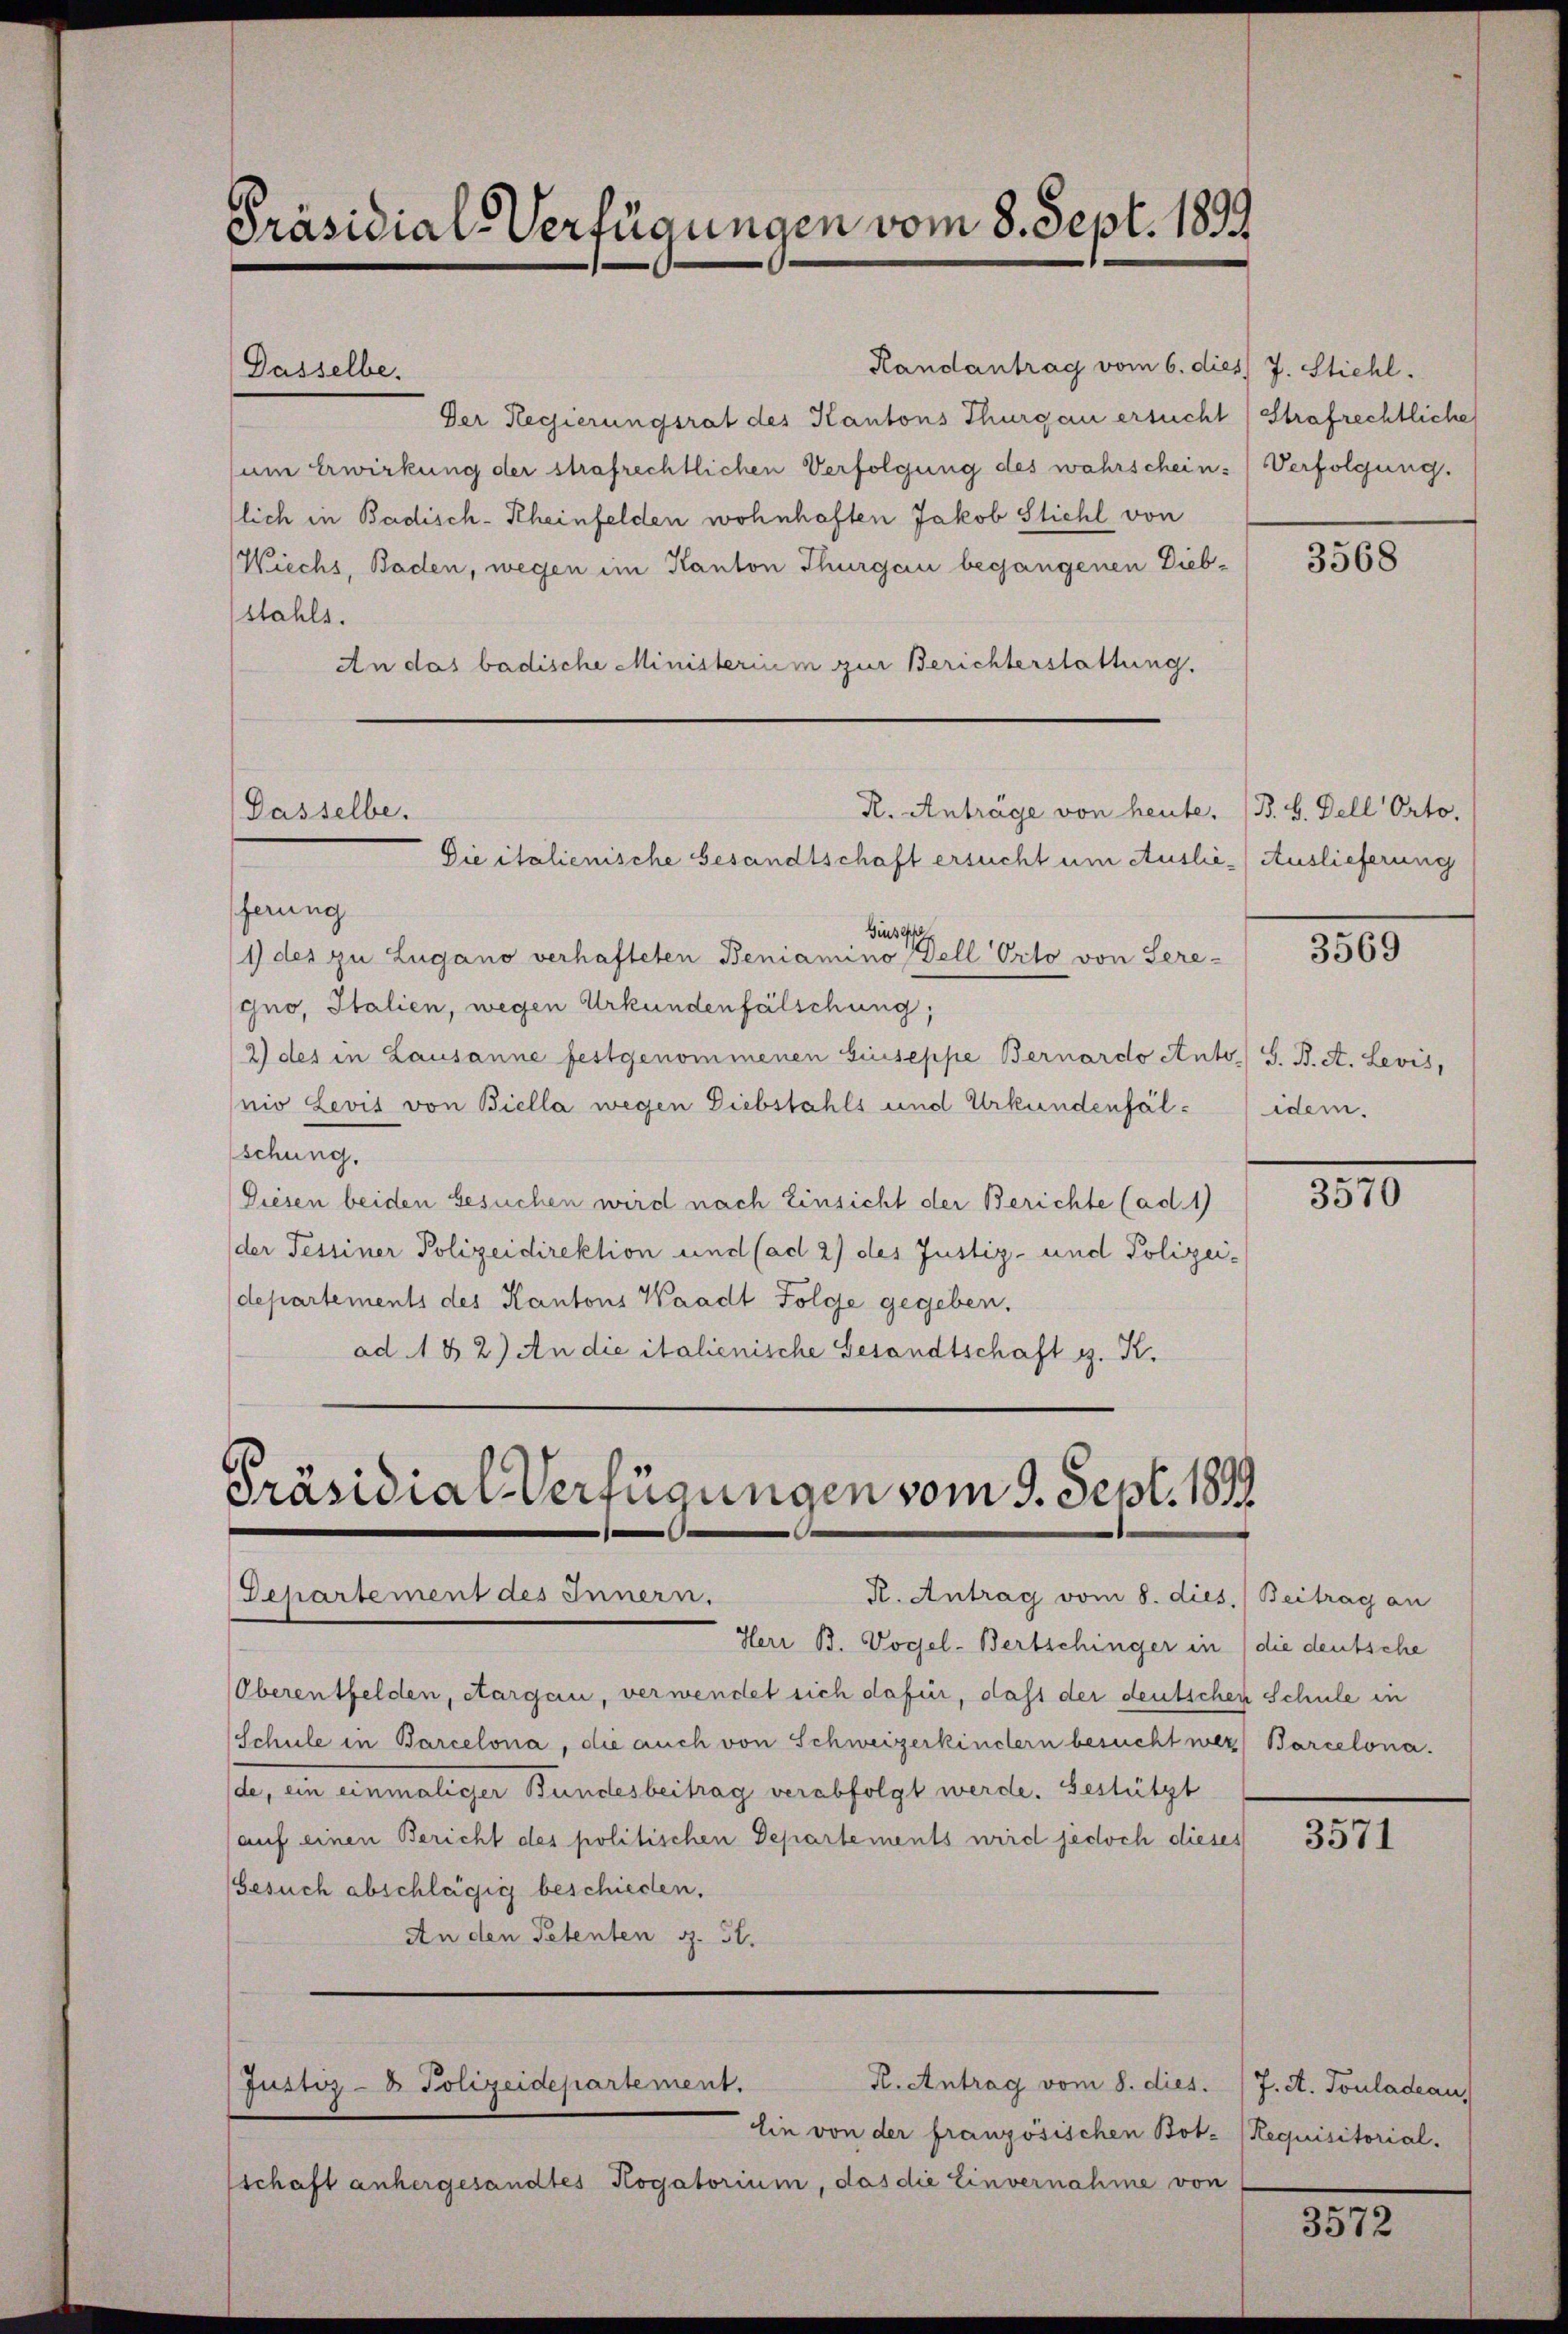
Präsidial-Verfügungen vom 8. Sept. 1899

Dasselbe.

Randantrag vom 6. dies J. Stichl.
Der Regierungsrat des Kantons Thurgau ersucht (Strafrechtliche
um Erwirkung der strafrechtlichen Verfolgung des wahrschein Verfolgung.
lich in Badisch-Rheinfelden wohnhaften Jakob Stichl von
Wiechs, Baden, wegen im Kanton Thurgau begangenen Diebstahls.
An das badische Ministerium zur Berichterstattung.
ferung
Giusep
1) des zu Lugano verhafteten Beniamino Tell Orto von Sere¬
Gno, Italien, wegen Urkundenfälschung;
2) des in Lausanne festgenommenen Giuseppe Bernardo Anto) S. B. A. Levis,
nio Levis von Biella wegen Diebstahls und Urkundenfälschung.
Diesen beiden Gesuchen wird nach Einsicht der Berichte (ad 1)
der Tessiner Polizeidirektion und (ad 2) des Justiz- und Polizeidepartements des Kantons Waadt Folge gegeben.
ad 182) An die italienische Gesandtschaft z. R.

R. Anträge von heute.
Dasselbe.
Die italienische Gesandtschaft ersucht um Auslie - Auslieferung

Präsidial-Verfügungen vom 9. Sept. 1899
Departement des Innern.
R. Antrag vom 8. dies. Beitrag an

Justiz- & Polizeidepartement.

lin von der französischen Bot. (Requisitorial-
schaft anhergesandtes Rogatorium, das die Einvernahme von

R. Antrag vom 8. dies. 17. A. Touladeau

B. H. Dell Orto.

Herr B. Vogel-Bertschinger in die deutsche
Oberentfelden, etargau, verwendet sich dafür, dass der deutschen Schule in
Schule in Barcelona, die auch von Schweizerkindern besucht wer, Barcelona.
de, ein einmaliger Bundesbeitrag verabfolgt werde. Gestützt
(auf einen Bericht des politischen Departements wird jedoch dieses
Gesuch abschlägig beschieden.
An den Petenten S. 31.

3568

3569

idem.

3570

3571

3572